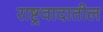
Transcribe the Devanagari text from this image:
राष्ट्रवादातील